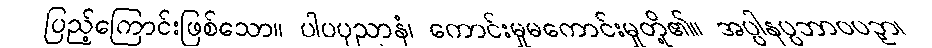
ပြည့်ကြောင်းဖြစ်သော။ ပါပပုညာနံ၊ ကောင်းမှုမကောင်းမှုတို့၏။ အပ္ပါနပ္ပဘာဝပဉှာ၊